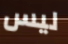
ليس